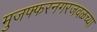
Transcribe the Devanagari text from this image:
मुजफ्फरनगरजवळच्या